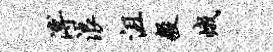
溥浪沮毅峨